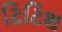
ટિટિશ